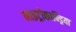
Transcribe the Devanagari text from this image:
माइट्रोकान्ड्रिया